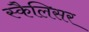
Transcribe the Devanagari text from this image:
स्कैलिसर